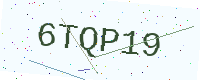
Text: 6TQP19